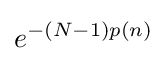
e^{-(N-1)p(n)}